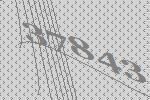
37843